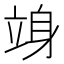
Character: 竧